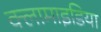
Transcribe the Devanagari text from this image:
क्लामाइडिया